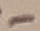
Text: -